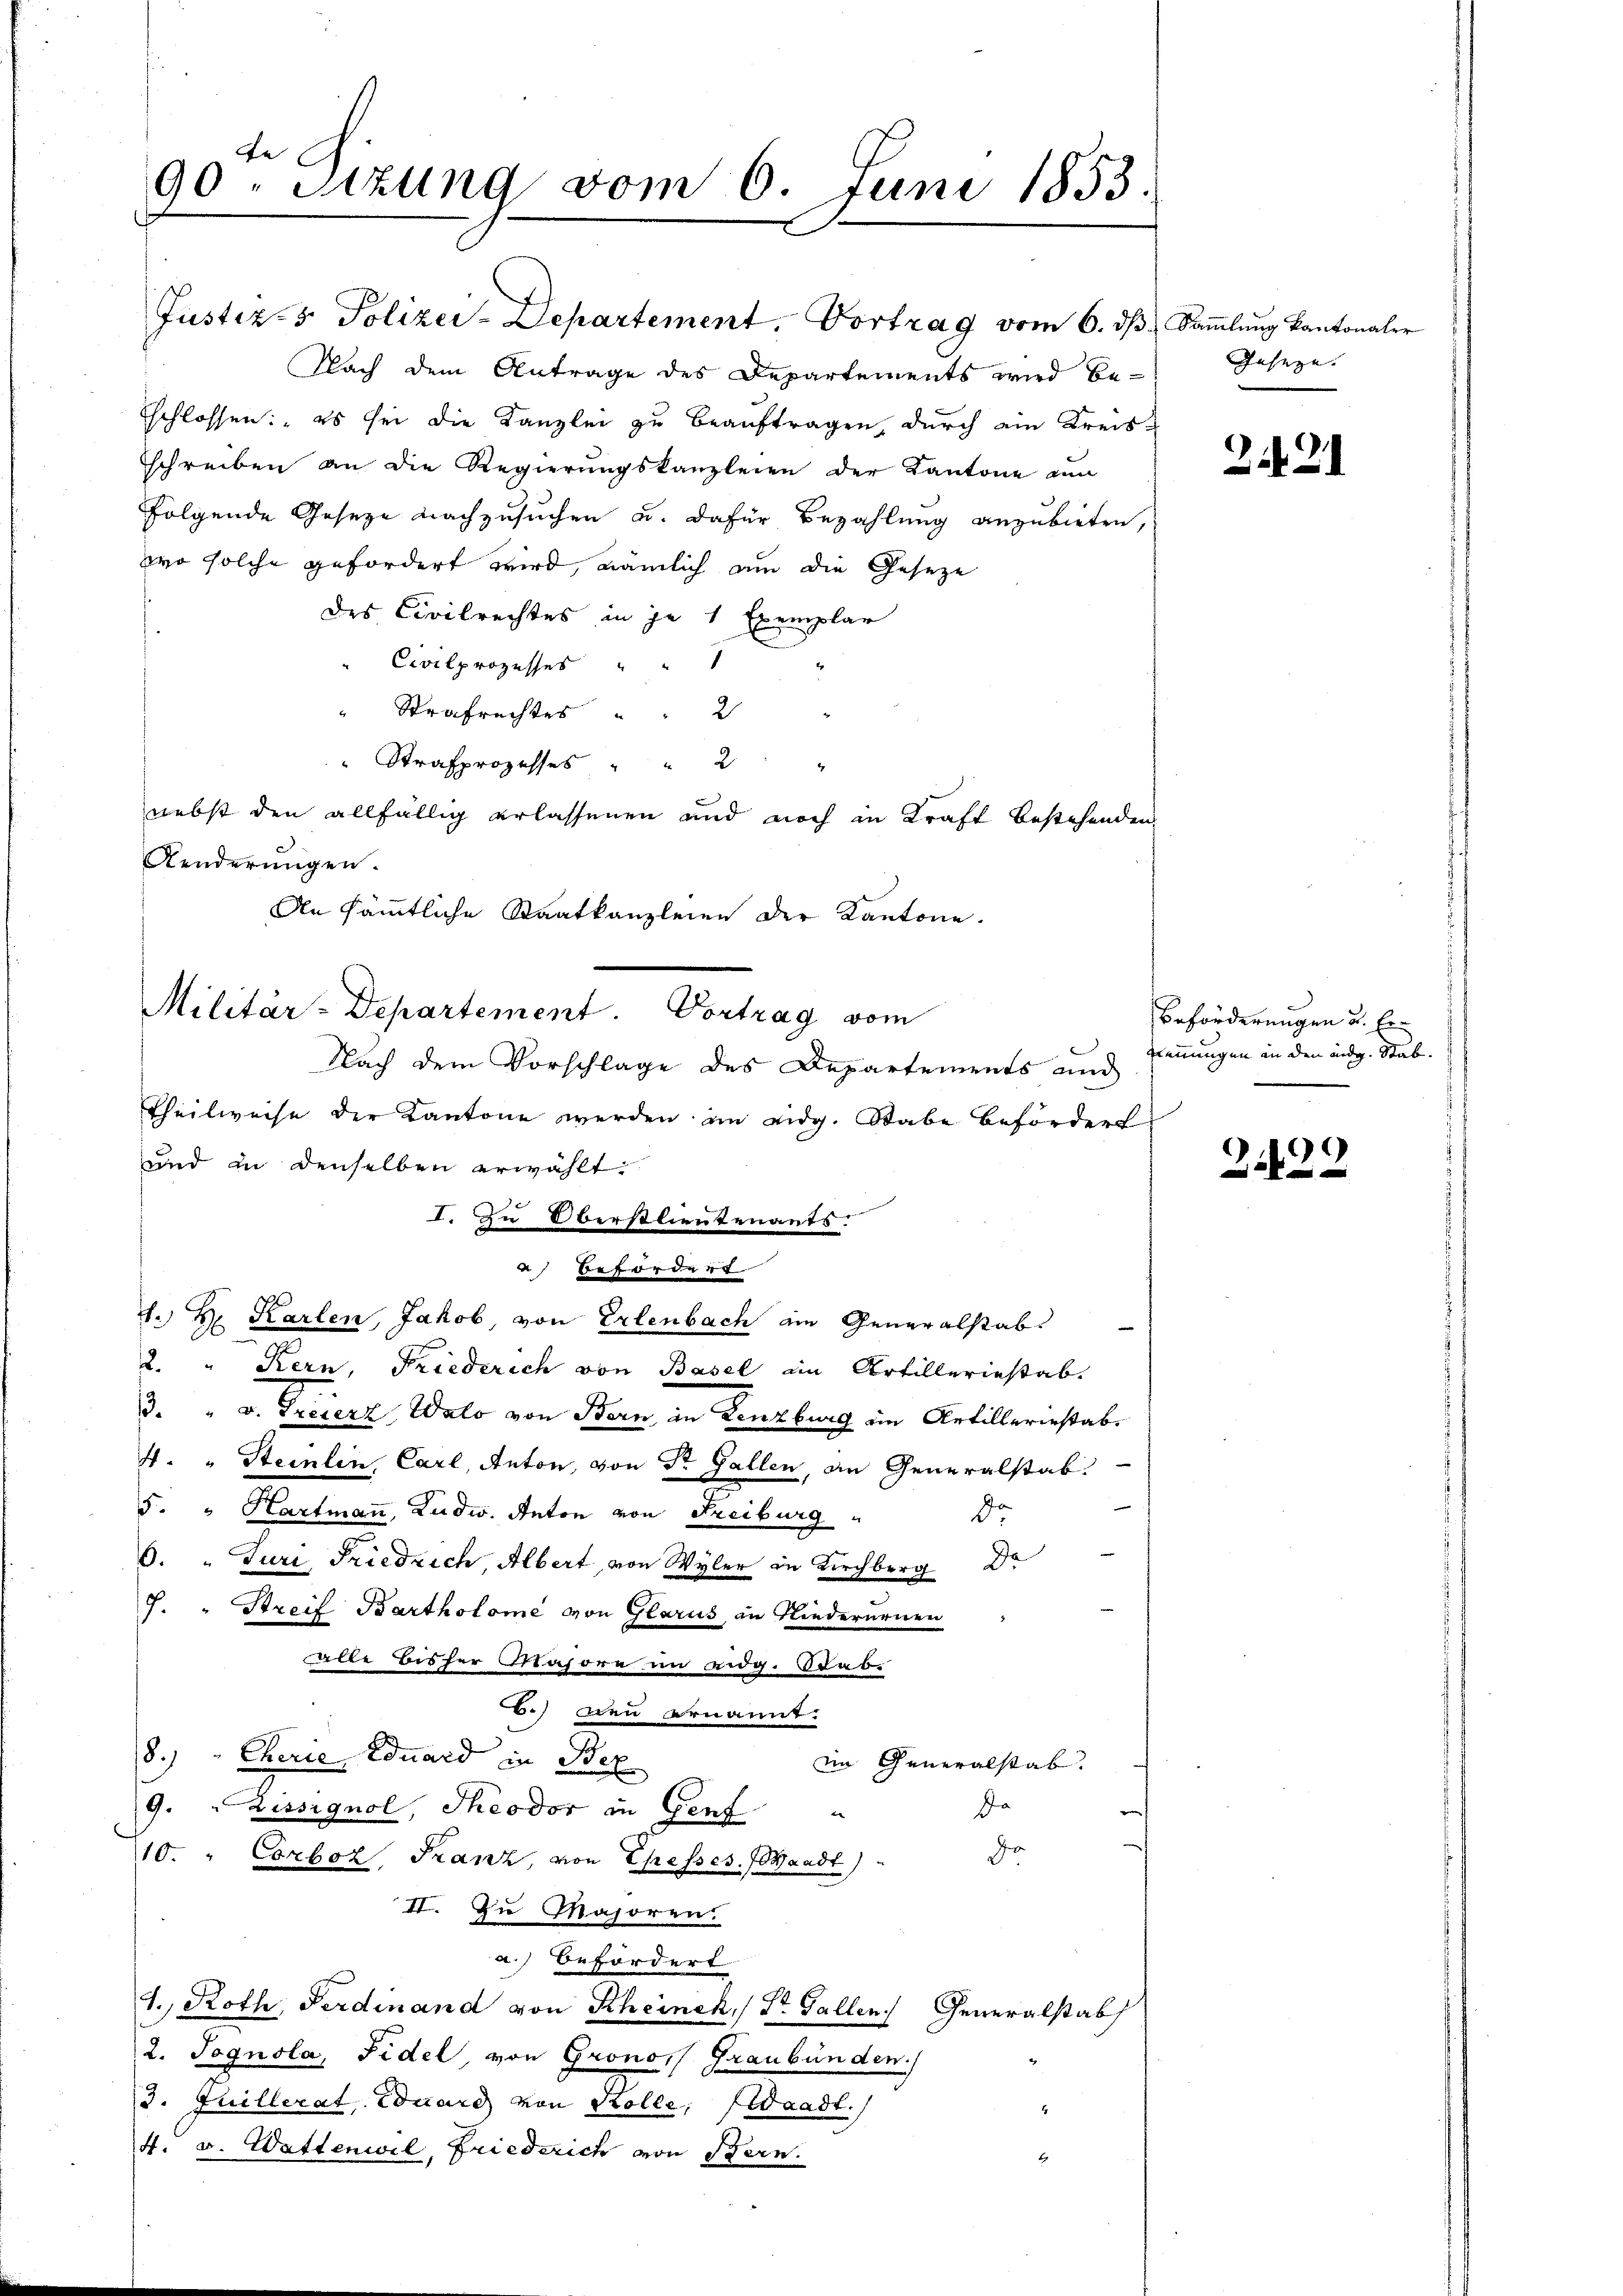
Nach dem Antrage des Departements wird be-
Eschlossen: es sei die Kanzlei zu beauftragen, durch ein Kreisschreiben an die Regierŭngskanzleien der Kantone an
folgende Gesetze nachzusuchen u. dafür Bezahlung anzubieten,
wo solche gefordert wird, nämlich um die Geseze
des Civilrechtes in je 1 Exemplar
" Civilprozesser " "
Strafrechtes " " 2 "
" Strafprozesses " " 2 "
nebst den allfällig erlassenen und noch in Kraft bestehenden
Aenderungen.
An sämmtliche Staatkanzleien der Kantone.

fe
90. Sitzung vom 6. Juni 1853.

Justiz- & Polizei-Departement. Vortrag vom 6. dβ. Sammlung kantonaler

Militär-Departement. Vortrag vom
Nach dem Vorschlage des Departements und

Theilweise der Kantone werden im eidg. Stabe befördert
und in denselben erwählt:
I. Zu Oberstlieutenants.
 Beförder
d. d. Karlen, Jakob, von Erlenbach ein Generalstab.
2. " Kern, Friederich von Basel ain Artilleriestab.
3. " v. Freierz Wato von Bern, in Lenzburg im Artilleriestab¬
4. " Steinlin, Carl, Anton, von Dr. Gallen, an Generalstab.
5. " Hartmann, Ludw. Anton von Freiburg
do
O. „ Juri Friedrich, Albert, von Wyler in Kirchberg De
J. " Streif Bartholome von Glarus, in Niederarnen
alle Bisher Majore im Aug. dabe
6.) Den ernannt.
8.) Cherie Eduard in Bez
iin Generalstab.
Ja
9. Zissignol, Theodor in Genf
e
do
10. " Corboz, Franz, von Ehesses. Waadt)
II. Zu Majoren.
a.) Befördert
1. Roth, Ferdinand von Rheinck, 1 St. Gallen Generalstab
2. Pognola, Fidel von Grono, Graubünden.)
3. Juillerat, Eduard von Kolle, Waadt.
4. v. Wattenwil, Friederich von Bern.
E

Insaze. |

24.2.1

Beförderungen u. Er
Trennungen in den eidg. Stab.

)
2